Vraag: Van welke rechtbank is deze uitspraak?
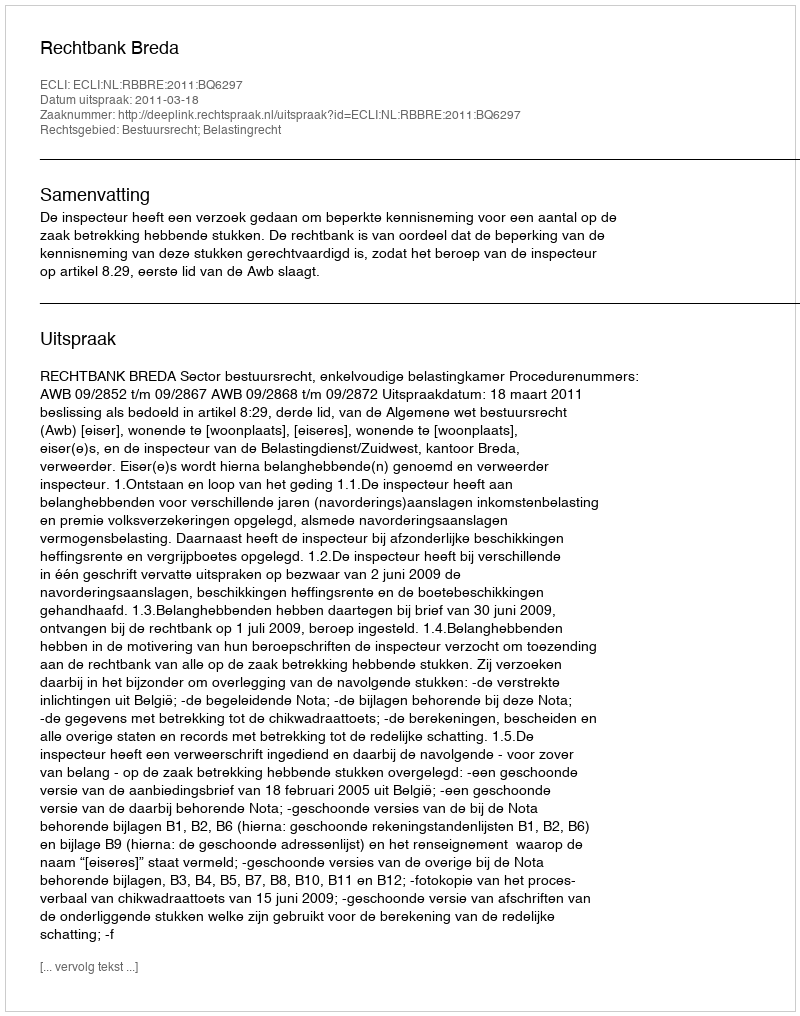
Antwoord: Rechtbank Breda